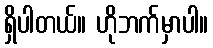
ရှိပါတယ်။ ဟိုဘက်မှာပါ။